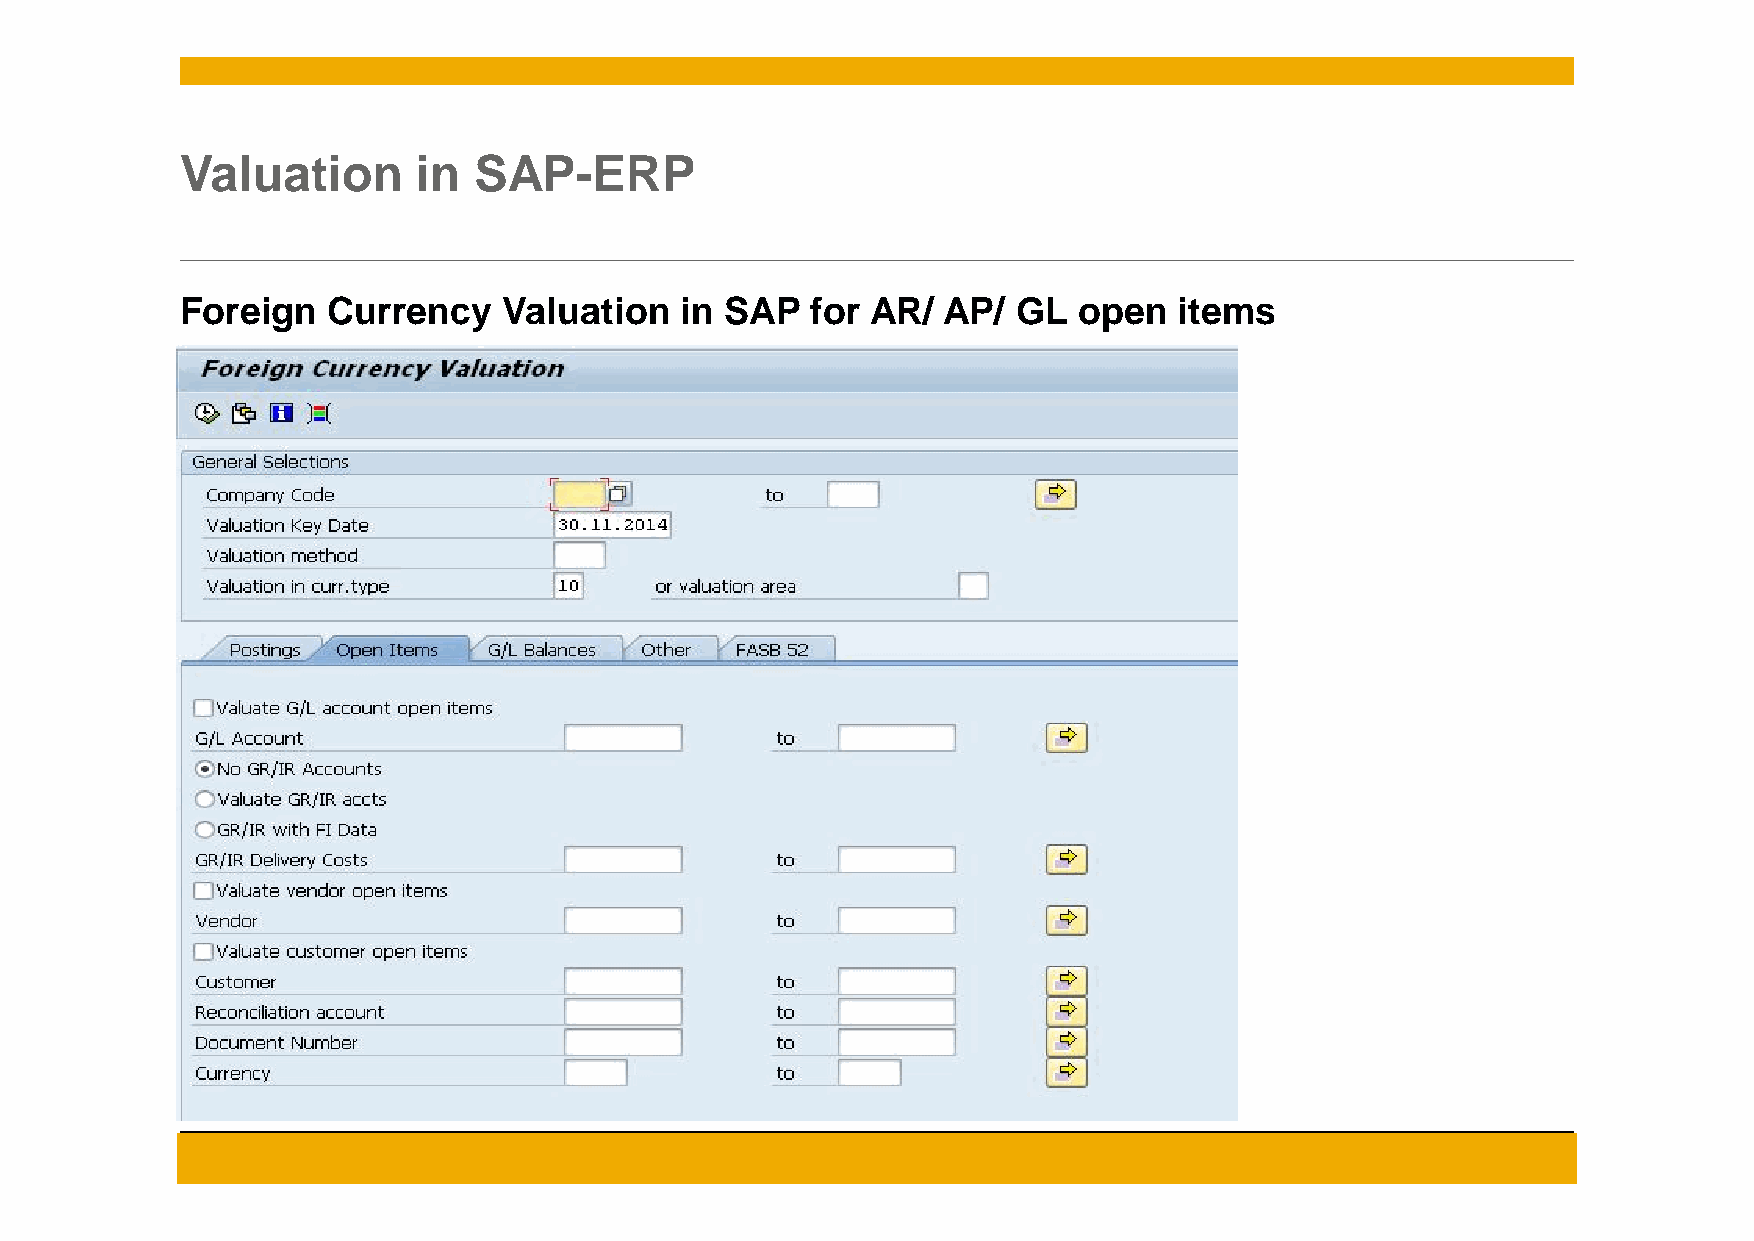
Valuation       in SAP-ERP
 Foreign   Currency   Valuation   in SAP   for AR/ AP/  GL  open   items
 © 2014 SAP AG. All rights reserved.                                                      11